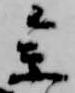
参